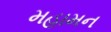
મહામન